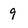
Character: 9